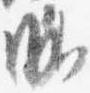
略